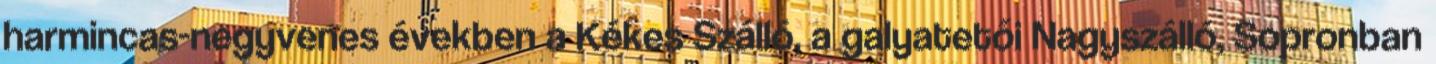
harmincas-negyvenes években a Kékes Szálló, a galyatetői Nagyszálló, Sopronban